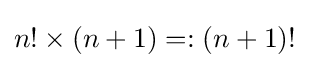
n!\times (n+1)=:(n+1)!